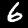
Digit: 6